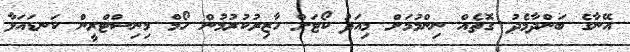
އޭނާގެ ބަންދާމެދު ގޮތެއް ނިންމުމަށް މިއަދު ކޯޓަށް ހާޒިރުކުރުމުން ހޯމް މިނިސްޓްރީން ކަނޑައަޅާ